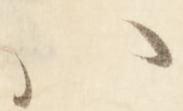
ハ